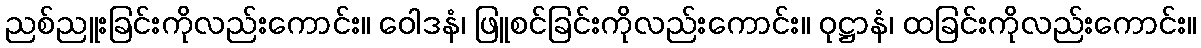
ညစ်ညူးခြင်းကိုလည်းကောင်း။ ဝေါဒနံ၊ ဖြူစင်ခြင်းကိုလည်းကောင်း။ ဝုဋ္ဌာနံ၊ ထခြင်းကိုလည်းကောင်း။